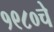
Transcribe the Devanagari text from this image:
१९८०चे